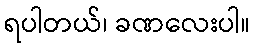
ရပါတယ်၊ ခဏလေးပါ။